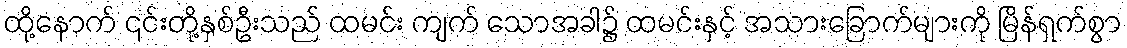
ထို့နောက် ၎င်းတို့နှစ်ဦးသည် ထမင်း ကျက် သောအခါ၌ ထမင်းနှင့် အသားခြောက်များကို မြိန်ရှက်စွာ